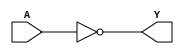
module vinayak_inverter(output Y, input A);
    not (Y, A);
endmodule